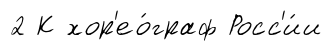
2 К хор'ео́граф Росс'и́и